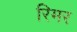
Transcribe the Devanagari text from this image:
रिमर